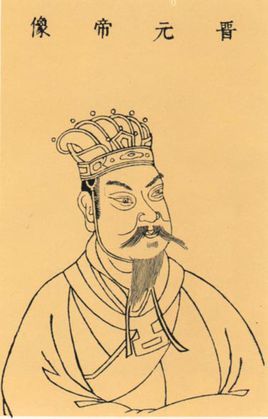
千载休谈南渡错，当时自怕中原复。